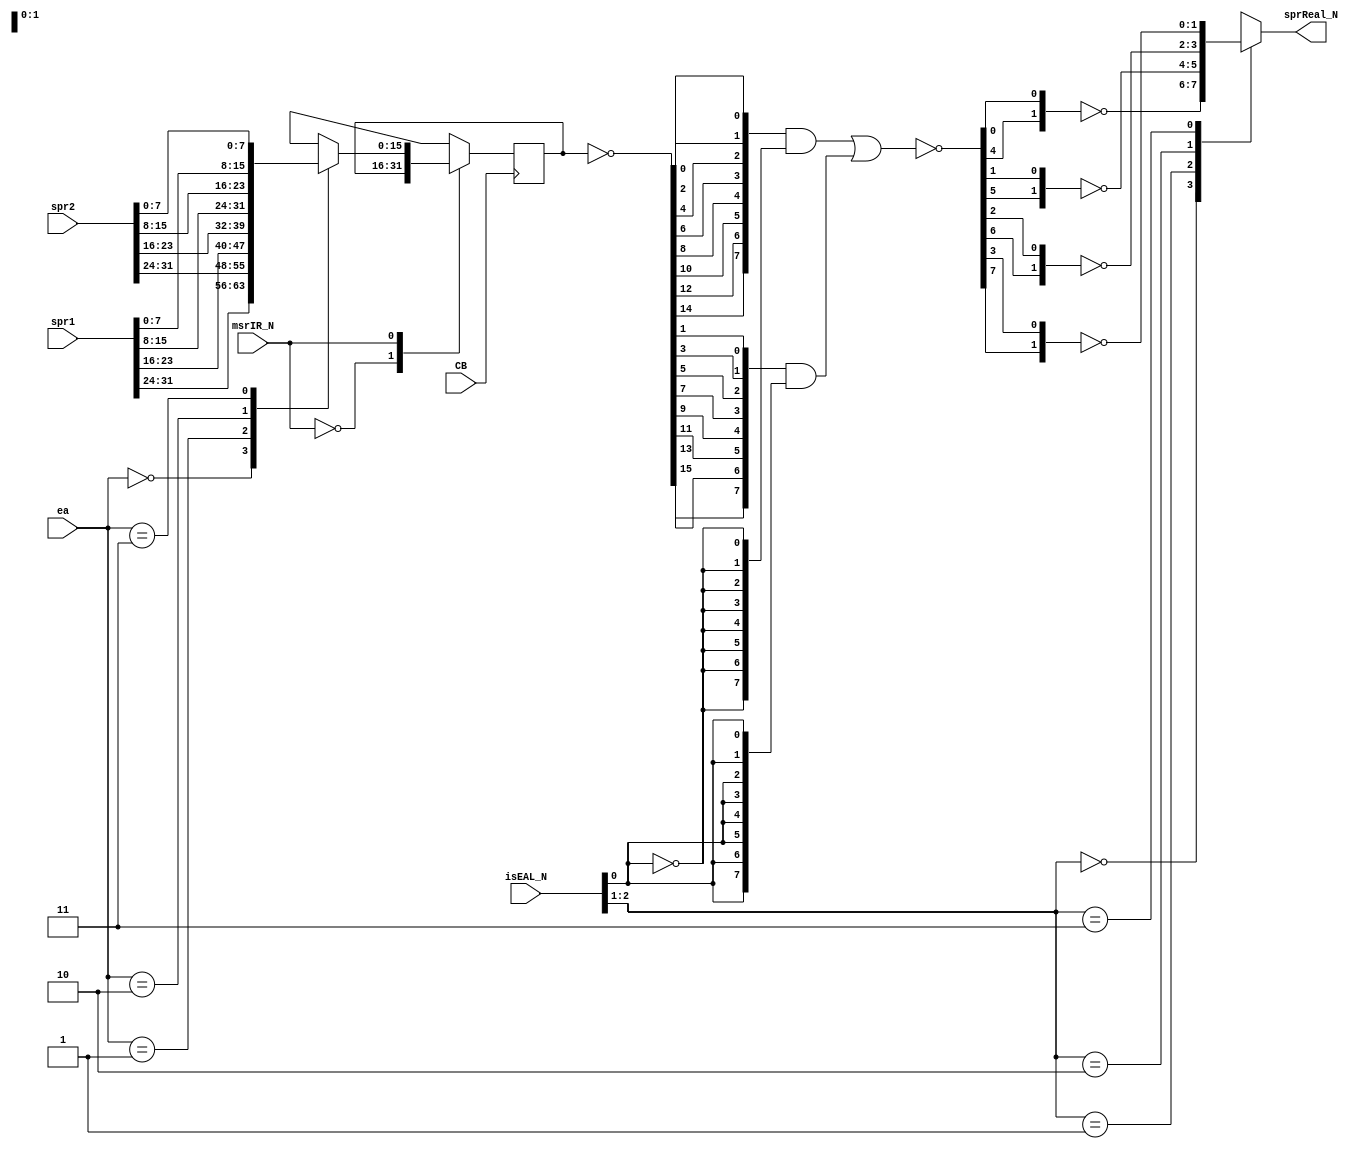
// 
// ************************************************************************** 
// 
//  Copyright (c) International Business Machines Corporation, 2005. 
// 
//  This file contains trade secrets and other proprietary and confidential 
//  information of International Business Machines Corporation which are 
//  protected by copyright and other intellectual property rights and shall 
//  not be reproduced, transferred to other documents, disclosed to others, 
//  or used for any purpose except as specifically authorized in writing by 
//  International Business Machines Corporation. This notice must be 
//  contained as part of this text at all times. 
// 
// ************************************************************************** 
//

module p405s_mmu_isSel_1_of_32early( sprReal_N, 
                           CB, 
                           ea,
                           isEAL_N, 
                           msrIR_N, 
                           spr1, 
                           spr2
                           );

input  msrIR_N;

output [0:1]  sprReal_N;

input         CB;
input [0:31]  spr2;
input [0:31]  spr1;
input [0:1]   ea;
input [2:4]   isEAL_N;

// Buses in the design

wire  [0:7]  spr2_8of32L2_N;
wire  [0:7]  spr1_8of32L2_N;
wire  [0:7]  isRealfinalfour;

reg   [0:15]  isRealSel_DataIn;
reg   [0:15]  isRealSel_reg;

reg   [0:1]  sprReal_N;


  // Removed the module "dp_regMMU_isRealSel1"
  always @(isEAL_N or isRealfinalfour)
    begin        
      case(isEAL_N[2:3])        
        2'b00: sprReal_N[0:1] = ~{isRealfinalfour[3], isRealfinalfour[7]};   
        2'b01: sprReal_N[0:1] = ~{isRealfinalfour[2], isRealfinalfour[6]};   
        2'b10: sprReal_N[0:1] = ~{isRealfinalfour[1], isRealfinalfour[5]};   
        2'b11: sprReal_N[0:1] = ~{isRealfinalfour[0], isRealfinalfour[4]};   
        default: sprReal_N[0:1] = 2'bx;   
      endcase        
    end        

  // Removed the module "dp_regMMU_isRealSel0"
  assign isRealfinalfour[0:7] = ~(({spr1_8of32L2_N[1], spr1_8of32L2_N[3],spr1_8of32L2_N[5], 
                             spr1_8of32L2_N[7], spr2_8of32L2_N[1], spr2_8of32L2_N[3],
                             spr2_8of32L2_N[5], spr2_8of32L2_N[7]} & {(8){~(isEAL_N[4])}} ) |
                             ( {spr1_8of32L2_N[0], spr1_8of32L2_N[2],spr1_8of32L2_N[4],
                             spr1_8of32L2_N[6], spr2_8of32L2_N[0], spr2_8of32L2_N[2],
                             spr2_8of32L2_N[4], spr2_8of32L2_N[6]} & {(8){isEAL_N[4]}} ));

  // Removed the module "dp_regMMU_isRealSel"
  always @(spr1 or spr2 or ea)      
    begin        
      casez(ea[0:1])        
        2'b00: isRealSel_DataIn = {spr1[0:7], spr2[0:7]};  
        2'b01: isRealSel_DataIn = {spr1[8:15], spr2[8:15]};  
        2'b10: isRealSel_DataIn = {spr1[16:23], spr2[16:23]};
        2'b11: isRealSel_DataIn = {spr1[24:31], spr2[24:31]};
        default: isRealSel_DataIn = 16'bx;
      endcase    
    end

  always @(posedge CB)
    begin
      casez(msrIR_N)
        1'b0: isRealSel_reg <= isRealSel_reg;
        1'b1: isRealSel_reg <= isRealSel_DataIn;
        default: isRealSel_reg <= 16'bx;
      endcase    
    end

  assign {spr1_8of32L2_N[0:7], spr2_8of32L2_N[0:7]} = ~(isRealSel_reg);

endmodule